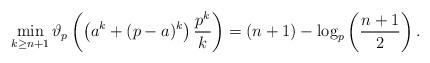
LaTeX: \begin{align*}\min_{k \geq n + 1} \vartheta_p\left(\left(a^k + (p - a)^k\right) \frac{p^k}{k}\right) = (n + 1) - \log_p\left(\frac{n + 1}{2}\right) .\end{align*}